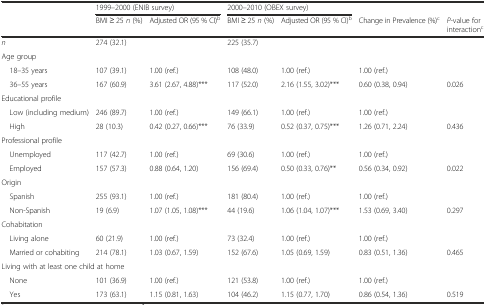
<table><thead><tr><td></td><td colspan="2"><b>1999–2000 (ENIB survey)</b></td><td colspan="2"><b>2000–2010 (OBEX survey)</b></td><td></td><td></td></tr><tr><td></td><td><b>BMI ≥ 25 <i>n</i> (%)</b></td><td><b>Adjusted OR (95 % CI)<sup>b</sup></b></td><td><b>BMI ≥ 25 <i>n</i> (%)</b></td><td><b>Adjusted OR (95 % CI)<sup>b</sup></b></td><td><b>Change in Prevalence (%)<sup>c</sup></b></td><td><b><i>P</i>-value for interaction<sup>c</sup></b></td></tr></thead><tbody><tr><td><i>n</i></td><td>274 (32.1)</td><td></td><td>225 (35.7)</td><td></td><td></td><td></td></tr><tr><td colspan="7">Age group</td></tr><tr><td> 18–35 years</td><td>107 (39.1)</td><td>1.00 (ref.)</td><td>108 (48.0)</td><td>1.00 (ref.)</td><td>1.00 (ref.)</td><td></td></tr><tr><td> 36–55 years</td><td>167 (60.9)</td><td>3.61 (2.67, 4.88)***</td><td>117 (52.0)</td><td>2.16 (1.55, 3.02)***</td><td>0.60 (0.38, 0.94)</td><td>0.026</td></tr><tr><td colspan="7">Educational profile</td></tr><tr><td> Low (including medium)</td><td>246 (89.7)</td><td>1.00 (ref.)</td><td>149 (66.1)</td><td>1.00 (ref.)</td><td>1.00 (ref.)</td><td></td></tr><tr><td> High</td><td>28 (10.3)</td><td>0.42 (0.27, 0.66)***</td><td>76 (33.9)</td><td>0.52 (0.37, 0.75)***</td><td>1.26 (0.71, 2.24)</td><td>0.436</td></tr><tr><td colspan="7">Professional profile</td></tr><tr><td> Unemployed</td><td>117 (42.7)</td><td>1.00 (ref.)</td><td>69 (30.6)</td><td>1.00 (ref.)</td><td>1.00 (ref.)</td><td></td></tr><tr><td> Employed</td><td>157 (57.3)</td><td>0.88 (0.64, 1.20)</td><td>156 (69.4)</td><td>0.50 (0.33, 0.76)**</td><td>0.56 (0.34, 0.92)</td><td>0.022</td></tr><tr><td colspan="7">Origin</td></tr><tr><td> Spanish</td><td>255 (93.1)</td><td>1.00 (ref.)</td><td>181 (80.4)</td><td>1.00 (ref.)</td><td>1.00 (ref.)</td><td></td></tr><tr><td> Non-Spanish</td><td>19 (6.9)</td><td>1.07 (1.05, 1.08)***</td><td>44 (19.6)</td><td>1.06 (1.04, 1.07)***</td><td>1.53 (0.69, 3.40)</td><td>0.297</td></tr><tr><td colspan="7">Cohabitation</td></tr><tr><td> Living alone</td><td>60 (21.9)</td><td>1.00 (ref.)</td><td>73 (32.4)</td><td>1.00 (ref.)</td><td>1.00 (ref.)</td><td></td></tr><tr><td> Married or cohabiting</td><td>214 (78.1)</td><td>1.03 (0.67, 1.59)</td><td>152 (67.6)</td><td>1.05 (0.69, 1.59)</td><td>0.83 (0.51, 1.36)</td><td>0.465</td></tr><tr><td colspan="7">Living with at least one child at home</td></tr><tr><td> None</td><td>101 (36.9)</td><td>1.00 (ref.)</td><td>121 (53.8)</td><td>1.00 (ref.)</td><td>1.00 (ref.)</td><td></td></tr><tr><td> Yes</td><td>173 (63.1)</td><td>1.15 (0.81, 1.63)</td><td>104 (46.2)</td><td>1.15 (0.77, 1.70)</td><td>0.86 (0.54, 1.36)</td><td>0.519</td></tr></tbody></table>